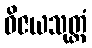
ဝိဇယသုတ္တံ